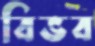
বিভব